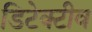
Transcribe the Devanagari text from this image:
डिटेक्टीव